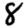
Digit: 8